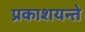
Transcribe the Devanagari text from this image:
प्रकाशयन्ते